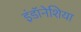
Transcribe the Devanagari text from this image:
इंडॉनेशिया